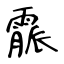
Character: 霢